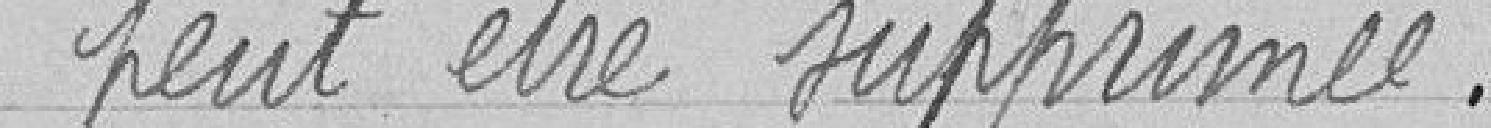
peut être supprimée.